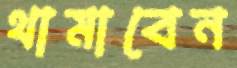
থামাবেন